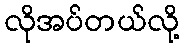
လိုအပ်တယ်လို့